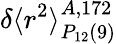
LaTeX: \delta\langle r^{2}\rangle_{P_{12}(9)}^{A,172}